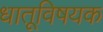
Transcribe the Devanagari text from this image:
धातूविषयक